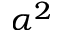
\alpha ^ { 2 }